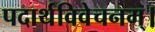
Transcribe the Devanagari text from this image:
पदार्थविवेचनम्।